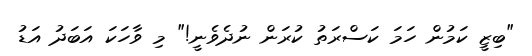
"ބިޒީ ކަމުން ހަމަ ކަސްރަތު ކުރަން ނުދެވެނީ!" މި ވާހަކަ އަބަދު އަޑު